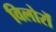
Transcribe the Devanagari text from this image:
विलोरों